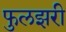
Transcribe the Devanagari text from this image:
फुलझरी